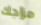
مزاجك